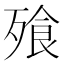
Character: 飱